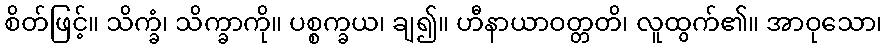
စိတ်ဖြင့်။ သိက္ခံ၊ သိက္ခာကို။ ပစ္စက္ခယ၊ ချ၍။ ဟီနာယာဝတ္တတိ၊ လူထွက်၏။ အာဝုသော၊